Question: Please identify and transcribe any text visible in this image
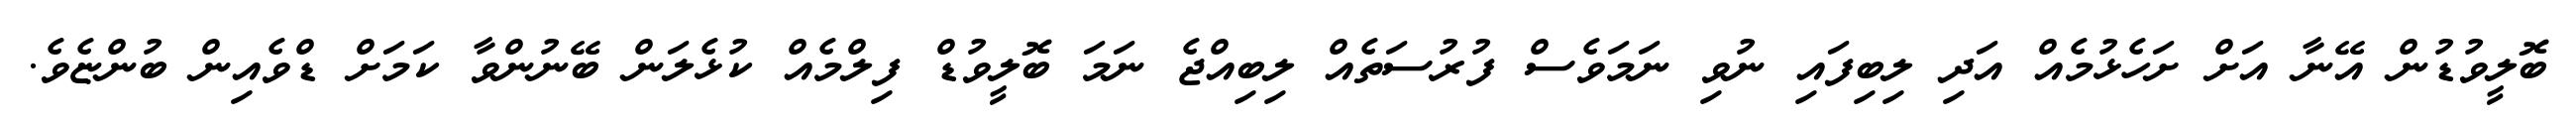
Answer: ބޮލީވުޑުން އޭނާ އަށް ށަހެޅުމެއް އަދި ލިބިފައި ނުވި ނަމަވެސް ފުރުސަތެއް ލިބިއްޖެ ނަމަ ބޮލީވުޑް ފިލްމެއް ކުޅެލަން ބޭނުންވާ ކަމަށް ޑްވެއިން ބުންޏެވެ.